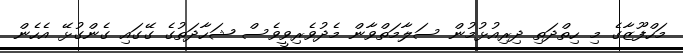
މަހްފޫޒާގެ މި ހިތްދަތި ދިރިއުޅުމުން ސަލާމަތްވާން މެދުވެރިވީވެސް ޝަހާދަތުގެ ގޭގައި ގެންގުޅޭ އެހެން